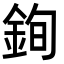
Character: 銁